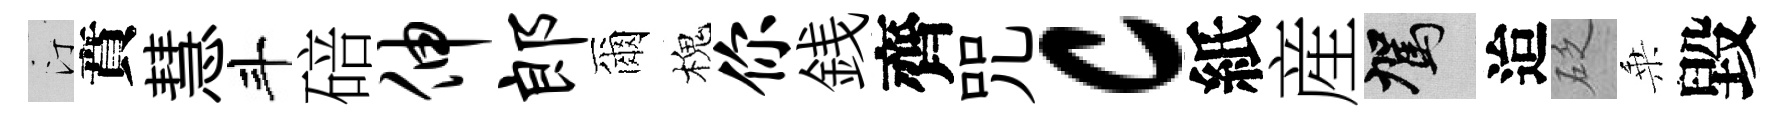
汀賁慧斗碚伸郎爾槐你銭齊咒c紙産駕迨砭乗毀